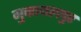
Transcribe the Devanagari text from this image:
मुक्तायलपुर